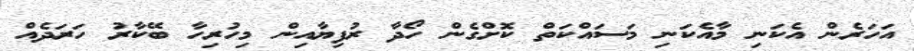
އަހަރެން އެކަނި މާއެކަނި މަސައްކަތް ކޮށްގެން ހޯދާ ރުފިޔާއިން މިހުރިހާ ބޭކާރު ހަރަދެއް